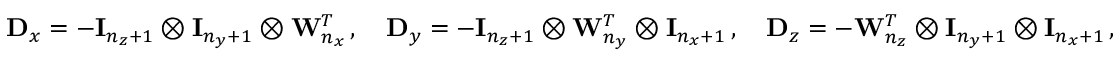
\mathbf D _ { x } = - \mathbf I _ { n _ { z } + 1 } \otimes \mathbf I _ { n _ { y } + 1 } \otimes \mathbf W _ { n _ { x } } ^ { T } \, , \quad \mathbf D _ { y } = - \mathbf I _ { n _ { z } + 1 } \otimes \mathbf W _ { n _ { y } } ^ { T } \otimes \mathbf I _ { n _ { x } + 1 } \, , \quad \mathbf D _ { z } = - \mathbf W _ { n _ { z } } ^ { T } \otimes \mathbf I _ { n _ { y } + 1 } \otimes \mathbf I _ { n _ { x } + 1 } \, ,